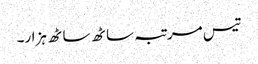
تیس مرتبہ ساٹھ ساٹھ ہزار۔